Indian journal of veterinary science and animal husbandry - Volumes 28-29, 1958-1959
Year: 1958
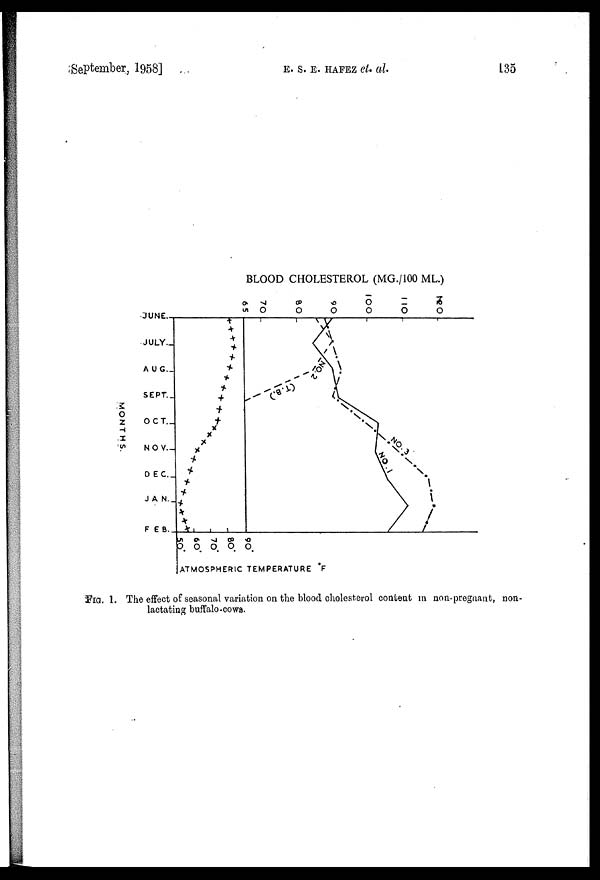
September, 1958]
E.
S.
E.
HAFEZ
et.
al.
135
FIG. 1. The effect of seasonal variation on the blood cholesterol content in non-pregnant, non-
lactating buffalo-cows.